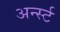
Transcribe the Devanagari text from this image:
अर्न्‍स्ट